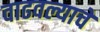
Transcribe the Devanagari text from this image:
वाढवल्याचे